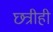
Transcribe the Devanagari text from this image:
छत्रीही